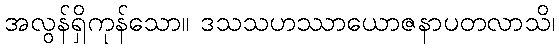
အလွန်ရှိကုန်သော။ ဒသသဟဿာယောဇနာပတလာသိ၊